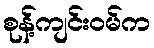
စုန့်ကျင်းဝမ်က